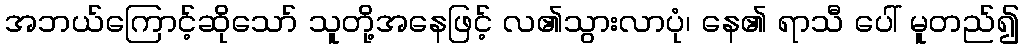
အဘယ်ကြောင့်ဆိုသော် သူတို့အနေဖြင့် လ၏သွားလာပုံ၊ နေ၏ ရာသီ ပေါ် မူတည်၍